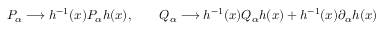
P _ { \alpha } \longrightarrow h ^ { - 1 } ( x ) P _ { \alpha } h ( x ) , \qquad Q _ { \alpha } \longrightarrow h ^ { - 1 } ( x ) Q _ { \alpha } h ( x ) + h ^ { - 1 } ( x ) \partial _ { \alpha } h ( x )